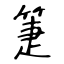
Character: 箑